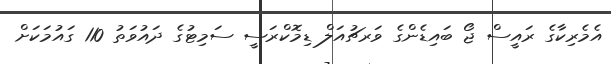
އެމެރިކާގެ ރައީސް ޖޯ ބައިޑެންގެ ވަރޗުއަލް ޑިމޮކްރަސީ ސަމިޓުގެ ދައުވަތު 110 ގައުމަކަށް